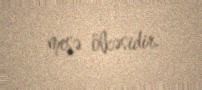
meşə ölkəsidir.